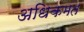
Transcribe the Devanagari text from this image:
अधिकमत